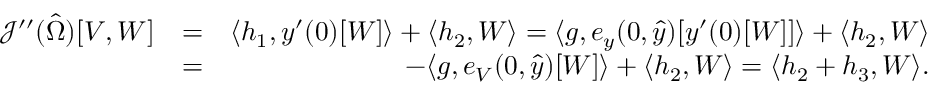
\begin{array} { r l r } { \mathcal { J } ^ { \prime \prime } ( \hat { \Omega } ) [ V , W ] } & { = } & { \langle h _ { 1 } , y ^ { \prime } ( 0 ) [ W ] \rangle + \langle h _ { 2 } , W \rangle = \langle g , e _ { y } ( 0 , \hat { y } ) [ y ^ { \prime } ( 0 ) [ W ] ] \rangle + \langle h _ { 2 } , W \rangle } \\ & { = } & { - \langle g , e _ { V } ( 0 , \hat { y } ) [ W ] \rangle + \langle h _ { 2 } , W \rangle = \langle h _ { 2 } + h _ { 3 } , W \rangle . } \end{array}